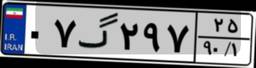
۵۰گ۷۸۷۶۵